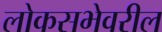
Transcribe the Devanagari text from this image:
लोकसभेवरील